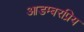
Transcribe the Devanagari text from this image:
आडम्बरप्रिय